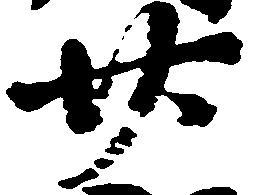
廿